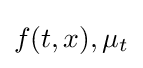
f(t,x),\mu _{t}